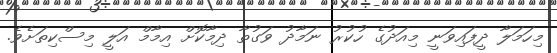
މިހަމަލާ ދީފައިވަނީ މިއަދުގެ ހުކުރު ނަމާދު ވަގުތާ ދިމާކޮށް އިމާމް އަލީ މިސްކިތަށެވެ.